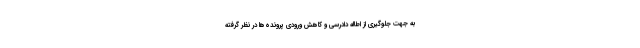
به جهت جلوگیری از اطاله دادرسی و کاهش ورودی پرونده‌ها در نظر گرفته